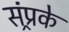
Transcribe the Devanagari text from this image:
संप्र्रके